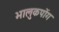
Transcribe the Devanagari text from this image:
भालुकपोंग